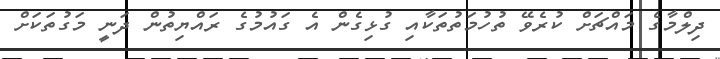
ދިލްމާގެ މައްޗަށް ކުރެވޭ ތުހުމަތުތަކާއި ގުޅިގެން އެ ގައުމުގެ ރައްޔިތުން ދަނީ މަގުތަކަށް